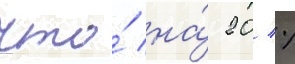
что́ на́ 20 %